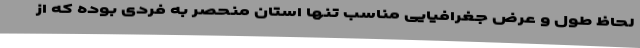
لحاظ طول و عرض جغرافیایی مناسب تنها استان منحصر به فردی بوده که از